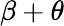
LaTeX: \beta+\theta